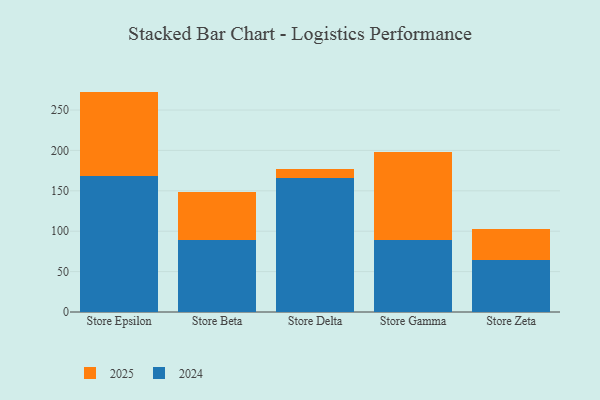
{"axis": {"x": "Store", "y": "Conversion Rate (%)"}, "legend": ["2024", "2025"], "data": [{"x": "Store Epsilon", "y": 168.4, "type": "2024"}, {"x": "Store Epsilon", "y": 104.4, "type": "2025"}, {"x": "Store Beta", "y": 88.8, "type": "2024"}, {"x": "Store Beta", "y": 59.6, "type": "2025"}, {"x": "Store Delta", "y": 165.3, "type": "2024"}, {"x": "Store Delta", "y": 12.3, "type": "2025"}, {"x": "Store Gamma", "y": 88.6, "type": "2024"}, {"x": "Store Gamma", "y": 109.4, "type": "2025"}, {"x": "Store Zeta", "y": 64.1, "type": "2024"}, {"x": "Store Zeta", "y": 38.8, "type": "2025"}]}